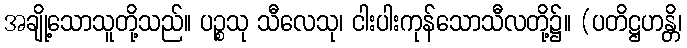
အချို့သောသူတို့သည်။ ပဉ္စသု သီလေသု၊ ငါးပါးကုန်သောသီလတို့၌။ (ပတိဋ္ဌဟန္တိ၊